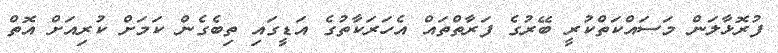
ފުރޮޅާލަން މަސައްކަތްކުރީ ބޭރުގެ ފަރާތްތައް އެހަރަކާތުގެ އަޑީގައި ތިބެގެން ކަމަށް ކުރިއަށް އޮތް